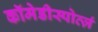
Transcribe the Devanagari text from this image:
कॉमेडीस्पोर्त्ज़